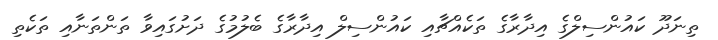
ތިނަދޫ ކައުންސިލްގެ އިދާރާގެ ތަކެއްޗާއި ކައުންސިލް އިދާރާގެ ބެލުމުގެ ދަށުގައިވާ ތަންތަނާއި ތަކެތި